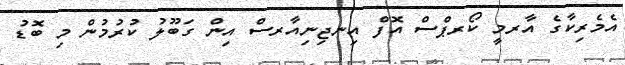
އެމެރިކާގެ އާރމީ ކޯރޕްސް އޮފް އިނޖިނިއާރސް އިން ގަބޫލު ކުރުމުން މި ބޮޑު